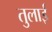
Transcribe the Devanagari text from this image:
तुलाई